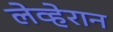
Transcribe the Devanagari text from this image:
लेव्हेरान